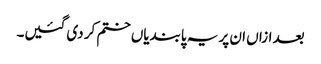
بعد ازاں ان پر یہ پابندیاں ختم کر دی گئیں۔